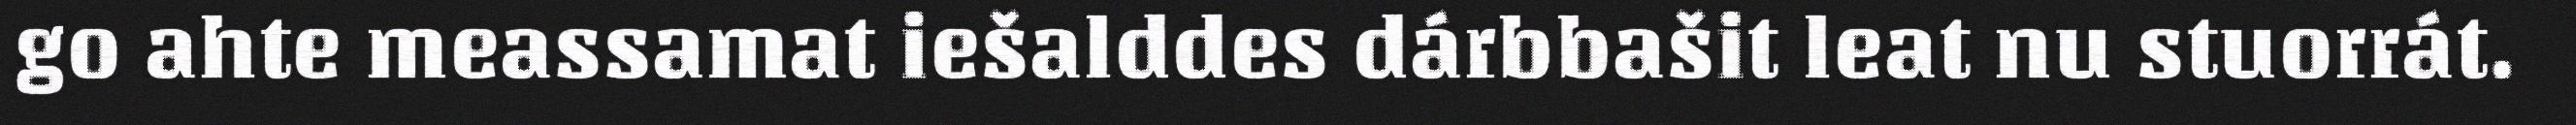
go ahte meassamat iešalddes dárbbašit leat nu stuorrát.